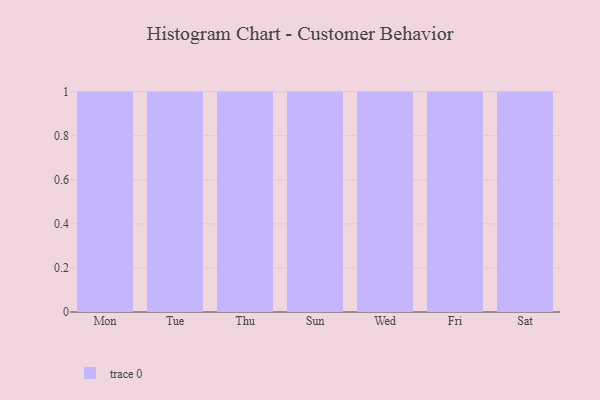
{"axis": {"x": "Day", "y": "Churn Rate (%)"}, "legend": [""], "data": [{"x": "Mon", "y": 37, "type": ""}, {"x": "Tue", "y": 70, "type": ""}, {"x": "Thu", "y": 56, "type": ""}, {"x": "Sun", "y": 10, "type": ""}, {"x": "Wed", "y": 28, "type": ""}, {"x": "Fri", "y": 86, "type": ""}, {"x": "Sat", "y": 72, "type": ""}]}